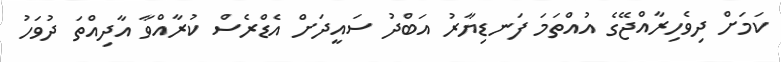
ކަމަށް ދިވެހިރާއްޖޭގެ އުއްތަމަ ފަނޑިޔާރު އަބްދު ސައީދަށް އެޑްރެސް ކުރާއްވާ އާދިއްތަ ދުވަހު